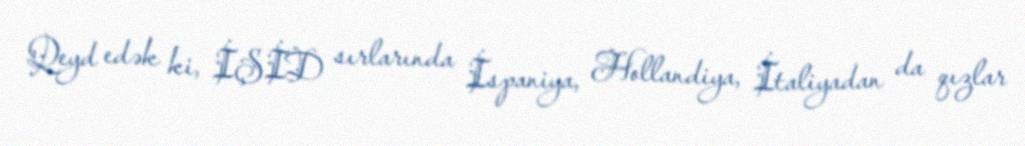
Qeyd edək ki, İŞİD sırlarında İspaniya, Hollandiya, İtaliyadan da qızlar